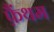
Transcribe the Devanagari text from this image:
फ़ैंथम